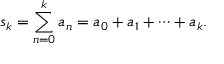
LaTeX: s _ { k } = \sum _ { n = 0 } ^ { k } a _ { n } = a _ { 0 } + a _ { 1 } + \cdots + a _ { k } .